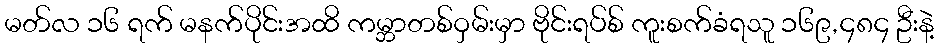
မတ်လ ၁၆ ရက် မနက်ပိုင်းအထိ ကမ္ဘာတစ်ဝှမ်းမှာ ဗိုင်းရပ်စ် ကူးစက်ခံရသူ ၁၆၉,၄၈၄ ဦးနဲ့